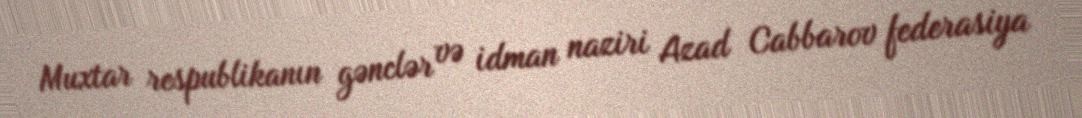
Muxtar respublikanın gənclər və idman naziri Azad Cabbarov federasiya